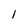
Character: l